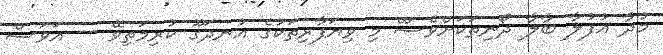
މުދާ އުފުލާ ބާލާ ދޯނިތަކަށްވެސްް މި ވިިޔަފާރިިތަކުގެ އުނދަގޫ ކުރިމަތިވޭ -- އަވަސް